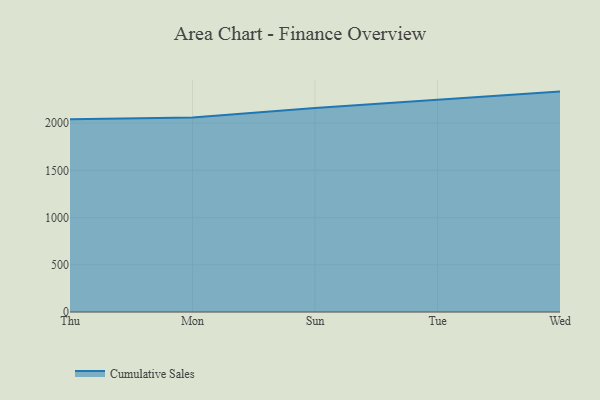
{"axis": {"x": "Day", "y": "LTV (USD)"}, "legend": ["Cumulative Sales"], "data": [{"x": "Thu", "y": 2040.5, "type": "Cumulative Sales"}, {"x": "Mon", "y": 2059.0, "type": "Cumulative Sales"}, {"x": "Sun", "y": 2160.1, "type": "Cumulative Sales"}, {"x": "Tue", "y": 2246.6, "type": "Cumulative Sales"}, {"x": "Wed", "y": 2333.5, "type": "Cumulative Sales"}]}